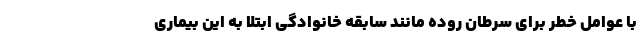
با عوامل خطر برای سرطان روده مانند سابقه خانوادگی ابتلا به این بیماری